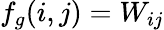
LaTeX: f_{g}(i,j)=W_{ij}